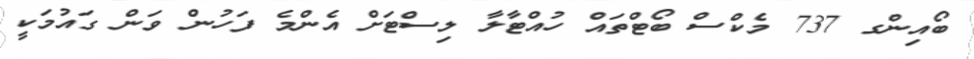
ބޯއިންގ 737 މެކްސް ބޯޓްތައް ހުއްޓާލާ ލިސްޓަށް އެންމެ ފަހުން ވަން ގައުމަކީ